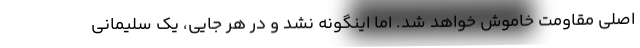
اصلی مقاومت خاموش خواهد شد. اما اینگونه نشد و در هر جایی، یک سلیمانی